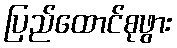
ပြည်ထောင်စုဖွား